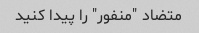
متضاد "منفور" را پیدا کنید